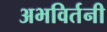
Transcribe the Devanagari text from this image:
अभविर्तनी